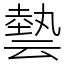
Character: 㙯